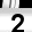
Digit: 2